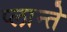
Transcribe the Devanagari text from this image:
प्लान्ते